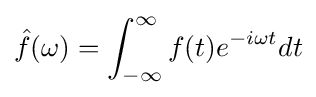
{\hat {f}}(\omega )=\int _{-\infty }^{\infty }f(t)e^{-i\omega t}dt